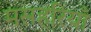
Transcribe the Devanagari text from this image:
मसहरियाँ